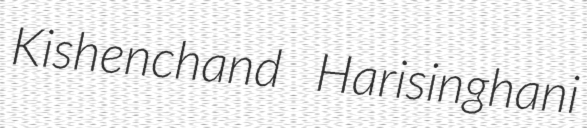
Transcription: Kishenchand Harisinghani